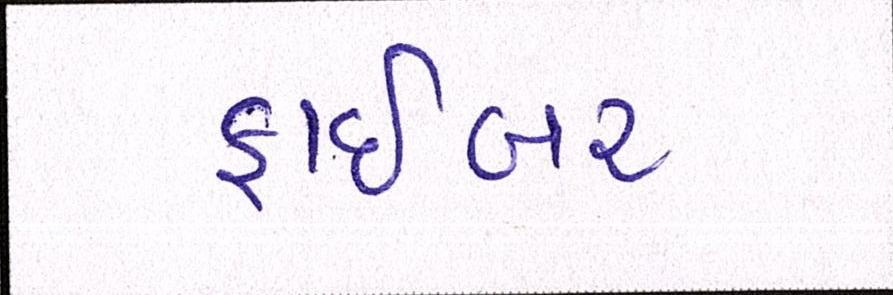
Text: ફાઇબર